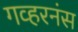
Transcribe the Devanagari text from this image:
गव्हरनंस